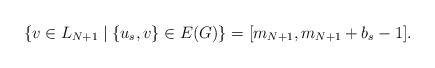
LaTeX: \begin{align*}\{v \in L_{N+1} \mid \{u_s,v\} \in E(G)\} = [m_{N+1},m_{N+1}+b_s-1].\end{align*}